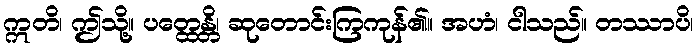
ဣတိ၊ ဤသို့။ ပတ္ထေန္တိ၊ ဆုတောင်းကြကုန်၏။ အဟံ၊ ငါသည်။ တဿာပိ၊